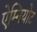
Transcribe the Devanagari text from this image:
ऐम्नियोट